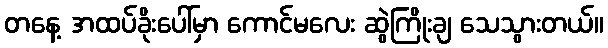
တနေ့ အထပ်ခိုးပေါ်မှာ ကောင်မလေး ဆွဲကြိုးချ သေသွားတယ်။